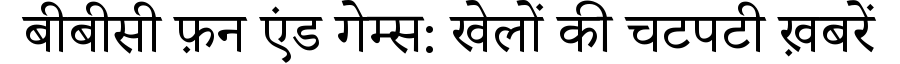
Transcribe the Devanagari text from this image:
बीबीसी फ़न एंड गेम्स: खेलों की चटपटी ख़बरें